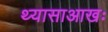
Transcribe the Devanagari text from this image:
थ्यासाआखः